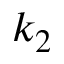
k _ { 2 }